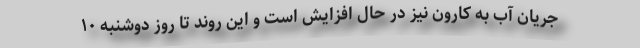
جریان آب به کارون نیز در حال افزایش است و این روند تا روز دوشنبه ۱۰